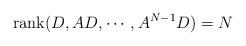
LaTeX: \begin{align*}\hbox{rank} (D, AD,\cdots, A^{N-1}D) = N\end{align*}